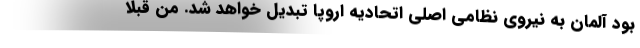
بود آلمان به نیروی نظامی اصلی اتحادیه اروپا تبدیل خواهد شد. من قبلاً